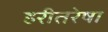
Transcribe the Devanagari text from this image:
हरीतरेषा